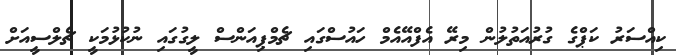
ކިއްސަރު ކަޕްގެ ގުރުއަތުލުން މިރޭ އެފްއޭއެމް ހައުސްގައި ޗެމްޕިއަންސް ލީގުގައި ނުކުޅުމަކީ ޗެލްސީއަށް